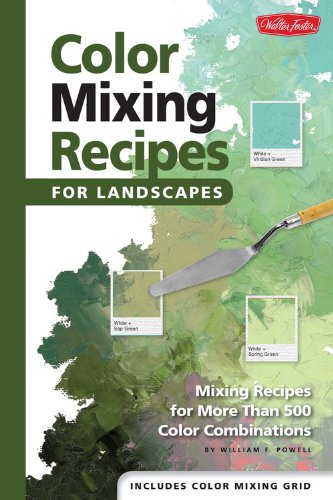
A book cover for Color Mixing Recipes for Landscapes: Mixing recipes for more than 500 color combinations; William F Powell; Arts & Photography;